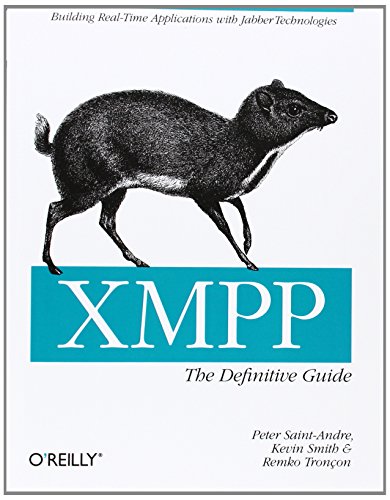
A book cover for XMPP: The Definitive Guide: Building Real-Time Applications with Jabber Technologies; Peter Saint-Andre; Computers & Technology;